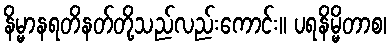
နိမ္မာနရတိနတ်တို့သည်လည်းကောင်း။ ပရနိမ္မိတာစ၊